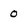
Character: 0